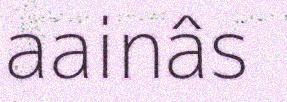
aainâs